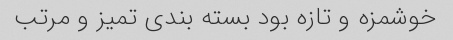
خوشمزه و تازه بود بسته بندی تمیز و مرتب